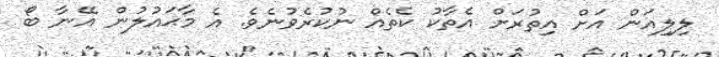
ލިލިއަން އަށް އިތުރަށް އެތާކު ކެތެއް ނުކުރެވުނެވެ. އެ މާޙައުލުން އޭނާ ބޯ